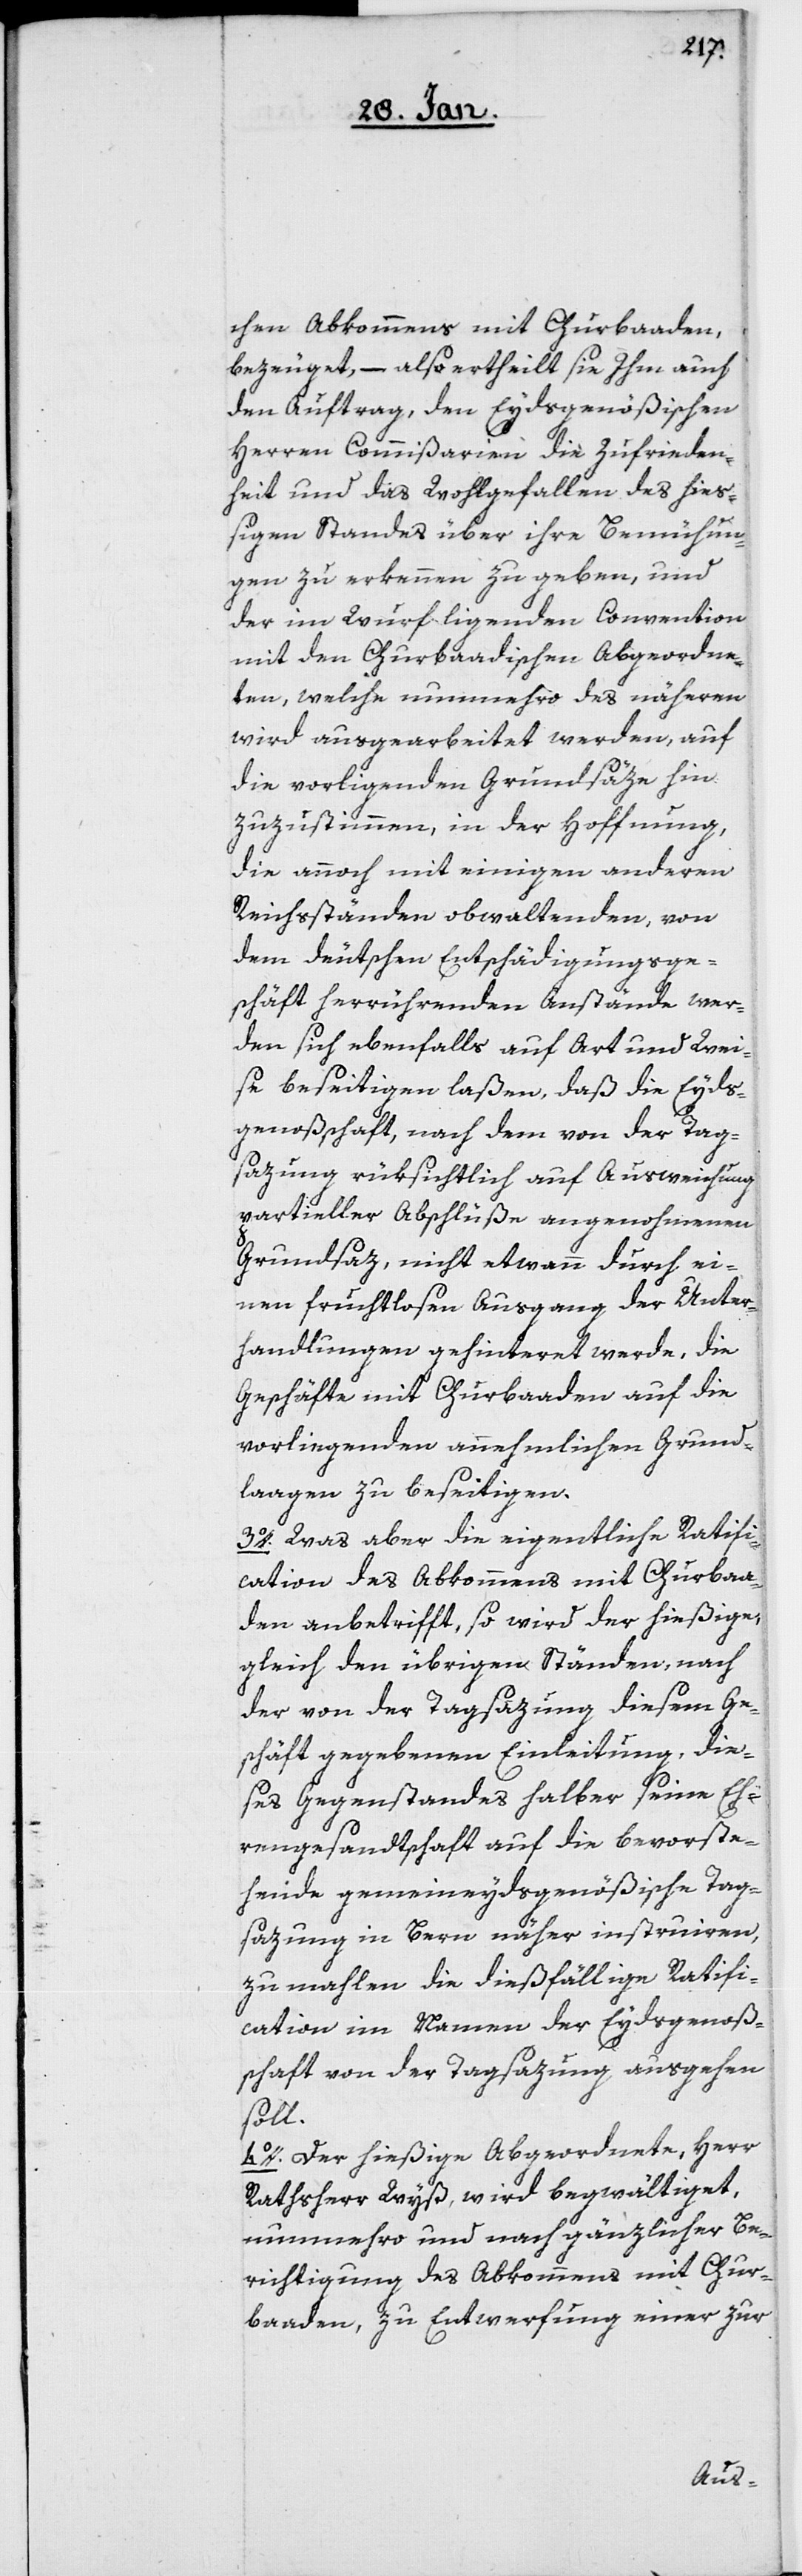
chen Abkommens mit Churbaaden,
bezeuget, – also ertheilt sie Ihm auch
den Auftrag, den Eydsgenößischen
Herren Commißarien, die Zufrieden¬
heit und das Wohlgefallen des hieß¬
igen Standes über ihre Bemühun¬
gen zu erkennen zu geben, und
der im Wurf ligenden Convention
mit den Churbaadischen Abgeordne¬
ten, welche nunmehro des näheren
wird ausgearbeitet werden, auf
die vorligenden Grundsäze hin
zuzustimmen, in der Hoffnung,
die annoch mit einigen anderen
Reichsständen obwaltenden, von
dem deutschen Entschädigungsge¬
schäft herrührenden Anstände wer¬
den sich ebenfalls auf Art und Wei¬
se beseitigen laßen, daß die Eyds¬
genoßschaft, nach dem von der Tag¬
sazung rücksichtlich auf Ausweichnung
partieller Abschlüße angenohmenen
Grundsaz, nicht etwann durch ei¬
nen fruchtlosen Ausgang der Unter¬
handlungen gehinteret werde, die
Geschäfte mit Churbaaden auf die
vorliegenden annehmlichen Grund¬
lagen zu beseitigen.
3o. Was aber die eigentliche Ratifi¬
cation des Abkommens mit Churbaa¬
den anbetrifft, so wird der hießige,
gleich den übrigen Ständen, nach
der von der Tagsazung diesem Ge¬
schäft gegebenen Einleitung, die¬
ses Gegenstandes halber seine Eh¬
rengesandtschaft auf die bevorste¬
hende gemeineydsgenößische Tag¬
sazung in Bern näher instruiren,
zu mahlen die dießfällige Ratifi¬
cation im Namen der Eydsgenoß¬
schaft von der Tagsazung ausgehen
soll.
4o. Der hießige Abgeordnete, Herr
Rathsherr Wyß, wird begwältiget,
nunmehro und nach gänzlicher Be¬
richtigung des Abkommens mit Chur¬
baaden, zu Entwerfung einer zur